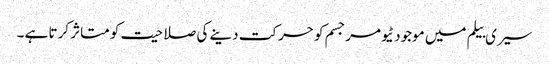
سیری بیلم میں موجود ٹیومرجسم کو حرکت دینے کی صلاحیت کو متاثر کرتا ہے ۔